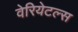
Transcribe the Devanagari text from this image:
वेरियेटल्स